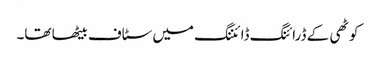
کوٹھی کے ڈرائنگ ڈائننگ میں سٹاف بیٹھا تھا۔